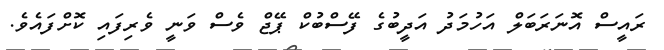
ރައީސް އޮނަރަބަލް އަހުމަދު އަދީބުގެ ފޭސްބުކް ޕޭޖް ވެސް ވަނީ ވެރިފައި ކޮށްފައެވެ.